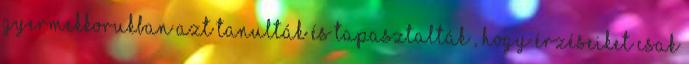
gyermekkorukban azt tanulták és tapasztalták , hogy érzéseiket csak